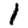
Digit: 1